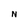
Character: N